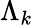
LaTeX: \Lambda_{k}